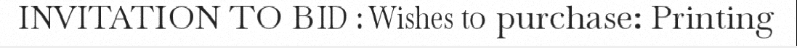
INVITATION TO BID : Wishes to purchase: Printing